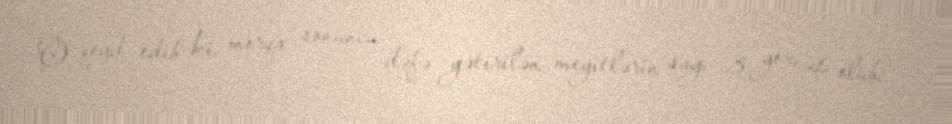
O, qeyd edib ki, morqa sonuncu dəfə gətirilən meyitlərin sayı 3 yox, 4 olub: